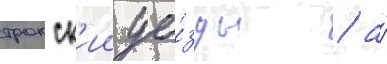
трокск'ии уе́зды / а́